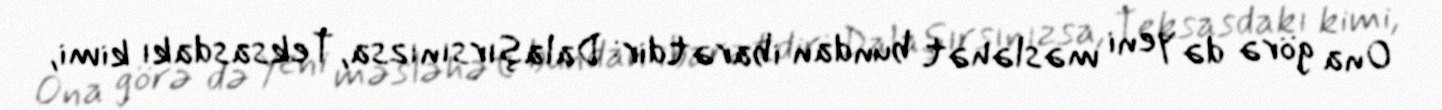
Ona görə də yeni məsləhət bundan ibarətdir: Dalaşırsınızsa, Teksasdakı kimi,